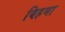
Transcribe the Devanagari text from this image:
बिहमा